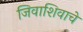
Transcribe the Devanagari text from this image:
जिवाशिवाचे